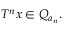
T ^ { n } x \in Q _ { a _ { n } } .